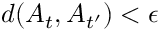
d ( A _ { t } , A _ { t ^ { \prime } } ) < \epsilon